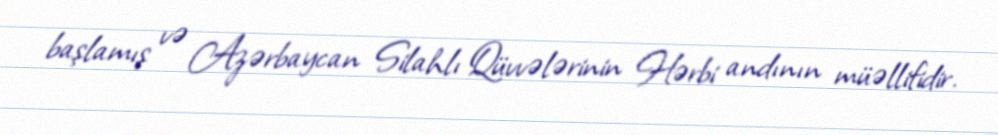
başlamış və Azərbaycan Silahlı Qüvvələrinin Hərbi andının müəllifidir.